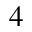
^ 4